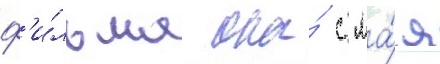
ф'и́льма она́ с ма́я